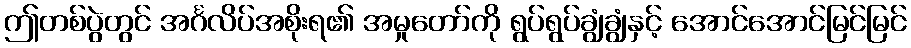
ဤတစ်ပွဲတွင် အင်္ဂလိပ်အစိုးရ၏ အမှုတော်ကို ရွပ်ရွပ်ချွံချွံနှင့် အောင်အောင်မြင်မြင်